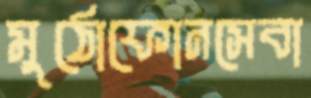
মুঠোফোনসেবা